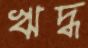
ঋদ্ধ